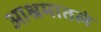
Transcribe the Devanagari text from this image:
आश्रमातले